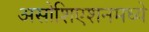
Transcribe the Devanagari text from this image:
असोशिएशनमध्ये